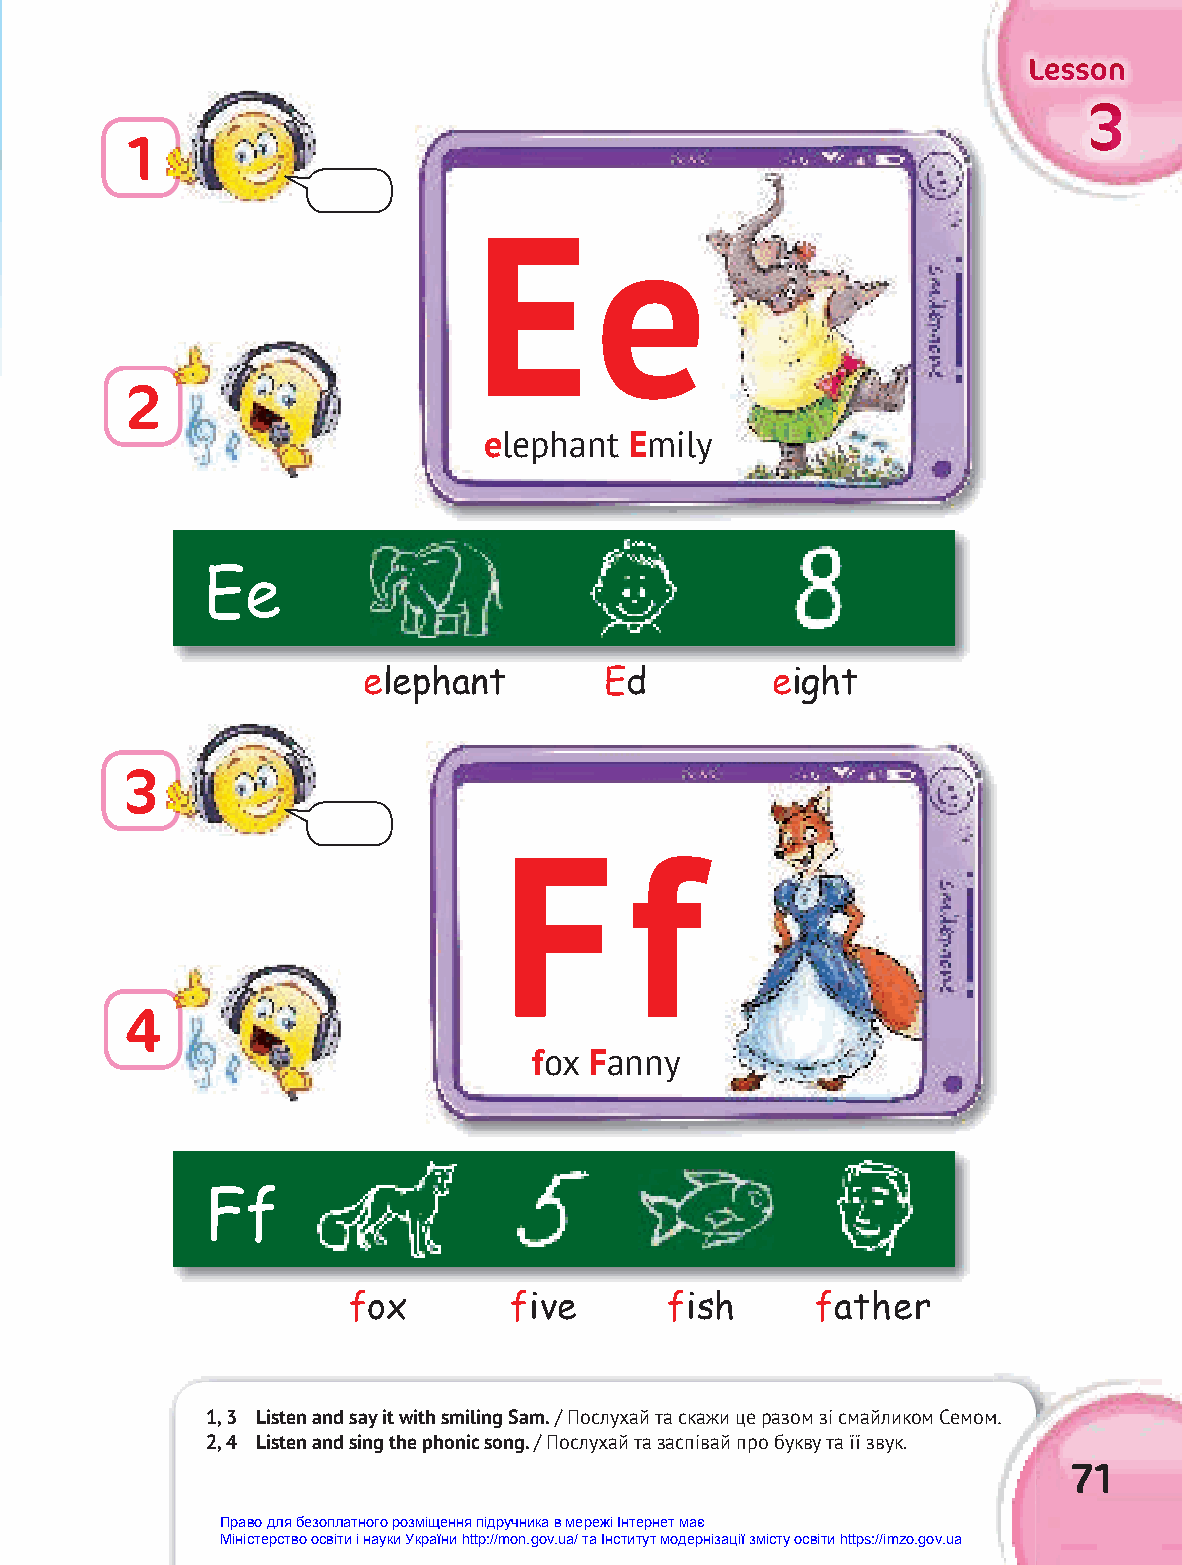
LLLeeessssssooonnn
 333
 1
 Ee
 2
 elephant  Emily
 Ee
 elephant        Ed         eight
 3
 F        f
 4
 fox Fanny
 Ff
 fox        five      fish      father
 1, 3 Listen and say it with smiling Sam. // ППооссллууххаайй ттаа ссккаажжии ццее ррааззоомм ззіі ссммааййллииккоомм ССееммоомм..
 2, 4 Listen and sing the phonic song. / Послухай та заспівай про букву та її звук.
 71
 Право для безоплатного розміщення підручника в мережі Інтернет має
 Міністерство освіти і науки України http://mon.gov.ua/ та Інститут модернізації змісту освіти https://imzo.gov.ua